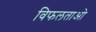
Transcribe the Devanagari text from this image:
विफलताओ